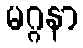
မဂ္ဂနာ